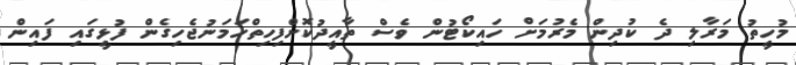
މުހީތު މަރާލި ދެ ކުދިން މެރުމަށް ހައިކޯޓުން ވެސް ތާއީދުކޮށްފިހިތްހަމަނުޖެހިގެން ފުޅީގައި ފައިން